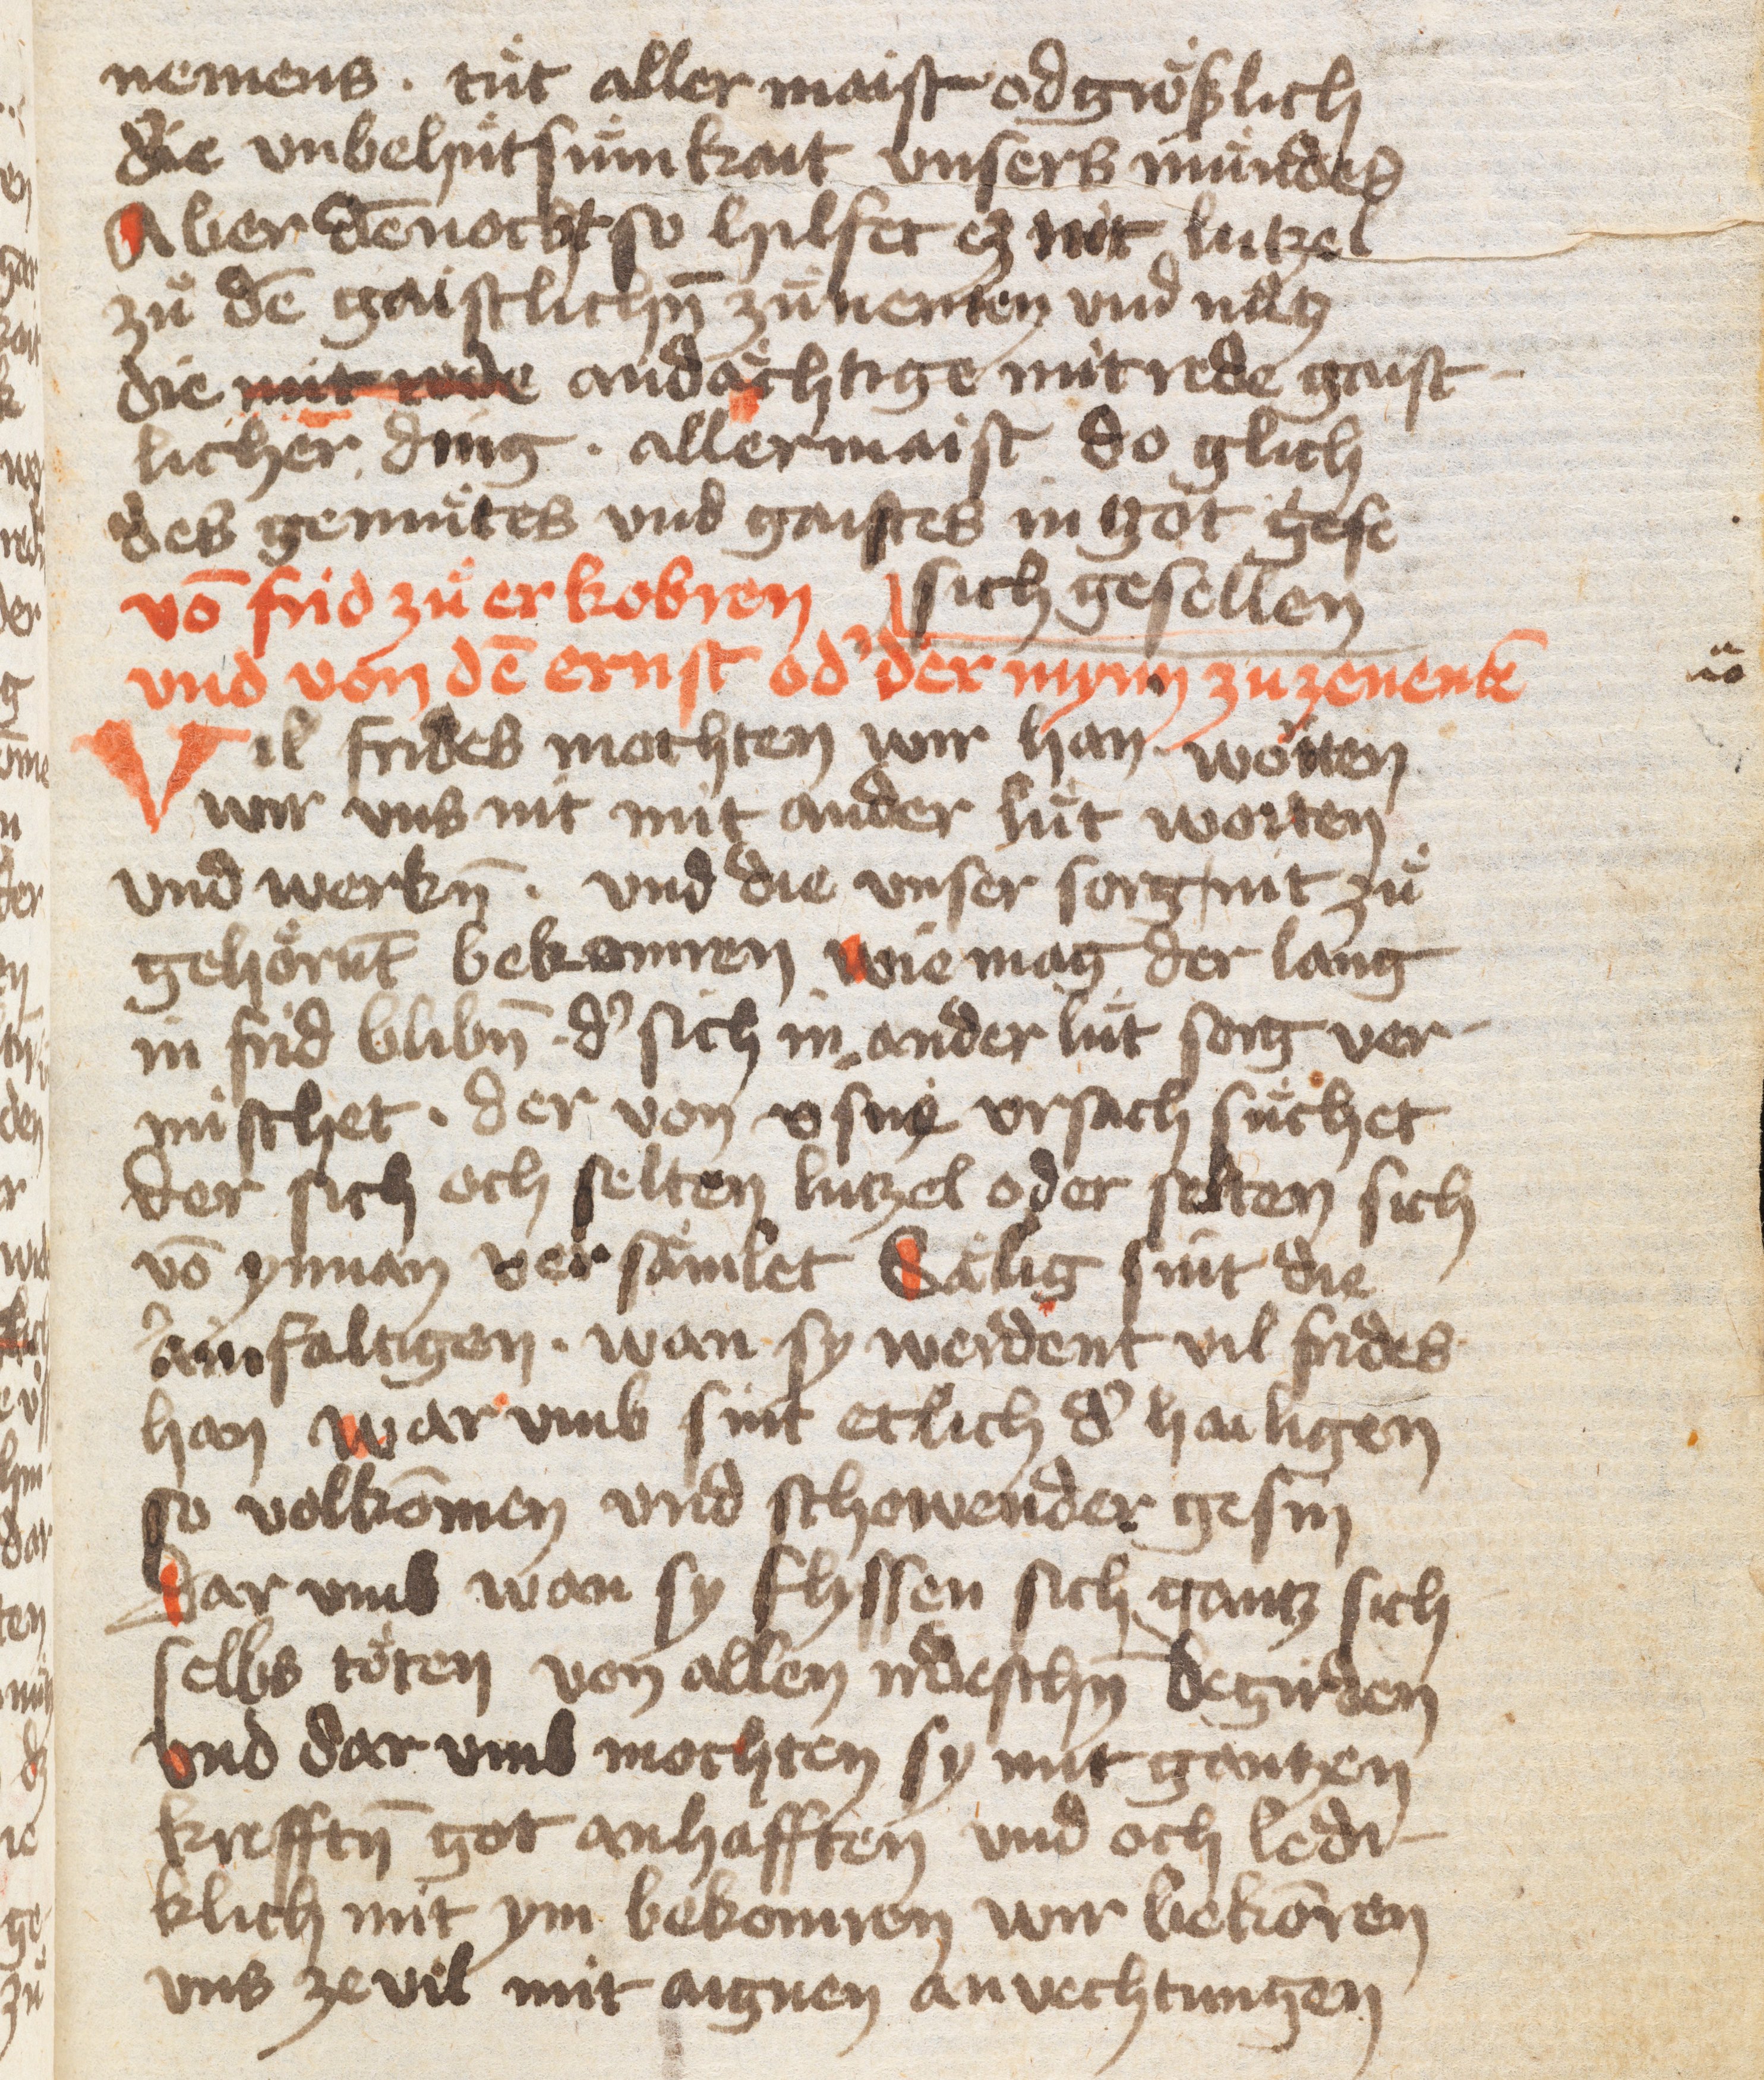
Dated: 1400–1499